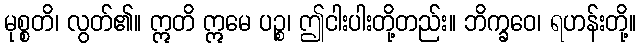
မုစ္စတိ၊ လွတ်၏။ ဣတိ ဣမေ ပဉ္စ၊ ဤငါးပါးတို့တည်း။ ဘိက္ခဝေ၊ ရဟန်းတို့။